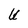
Character: U